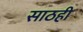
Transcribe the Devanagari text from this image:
साठही